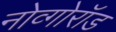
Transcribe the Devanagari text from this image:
नोव्गोरॉड